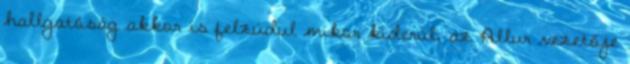
hallgatóság akkor is felzúdul mikor kiderül, az Allur vezetője